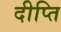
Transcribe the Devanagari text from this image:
दीप्‍ति